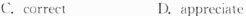
C.correct D.appreciate